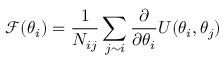
\mathcal { F } ( \theta _ { i } ) = \frac { 1 } { N _ { i j } } \sum _ { j \sim i } \frac { \partial } { \partial \theta _ { i } } U ( \theta _ { i } , \theta _ { j } )